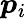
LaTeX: \boldsymbol{p}_{i}